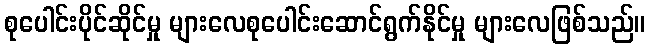
စုပေါင်းပိုင်ဆိုင်မှု များလေစုပေါင်းဆောင်ရွက်နိုင်မှု များလေဖြစ်သည်။